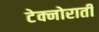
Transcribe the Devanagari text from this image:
टेक्नोराती